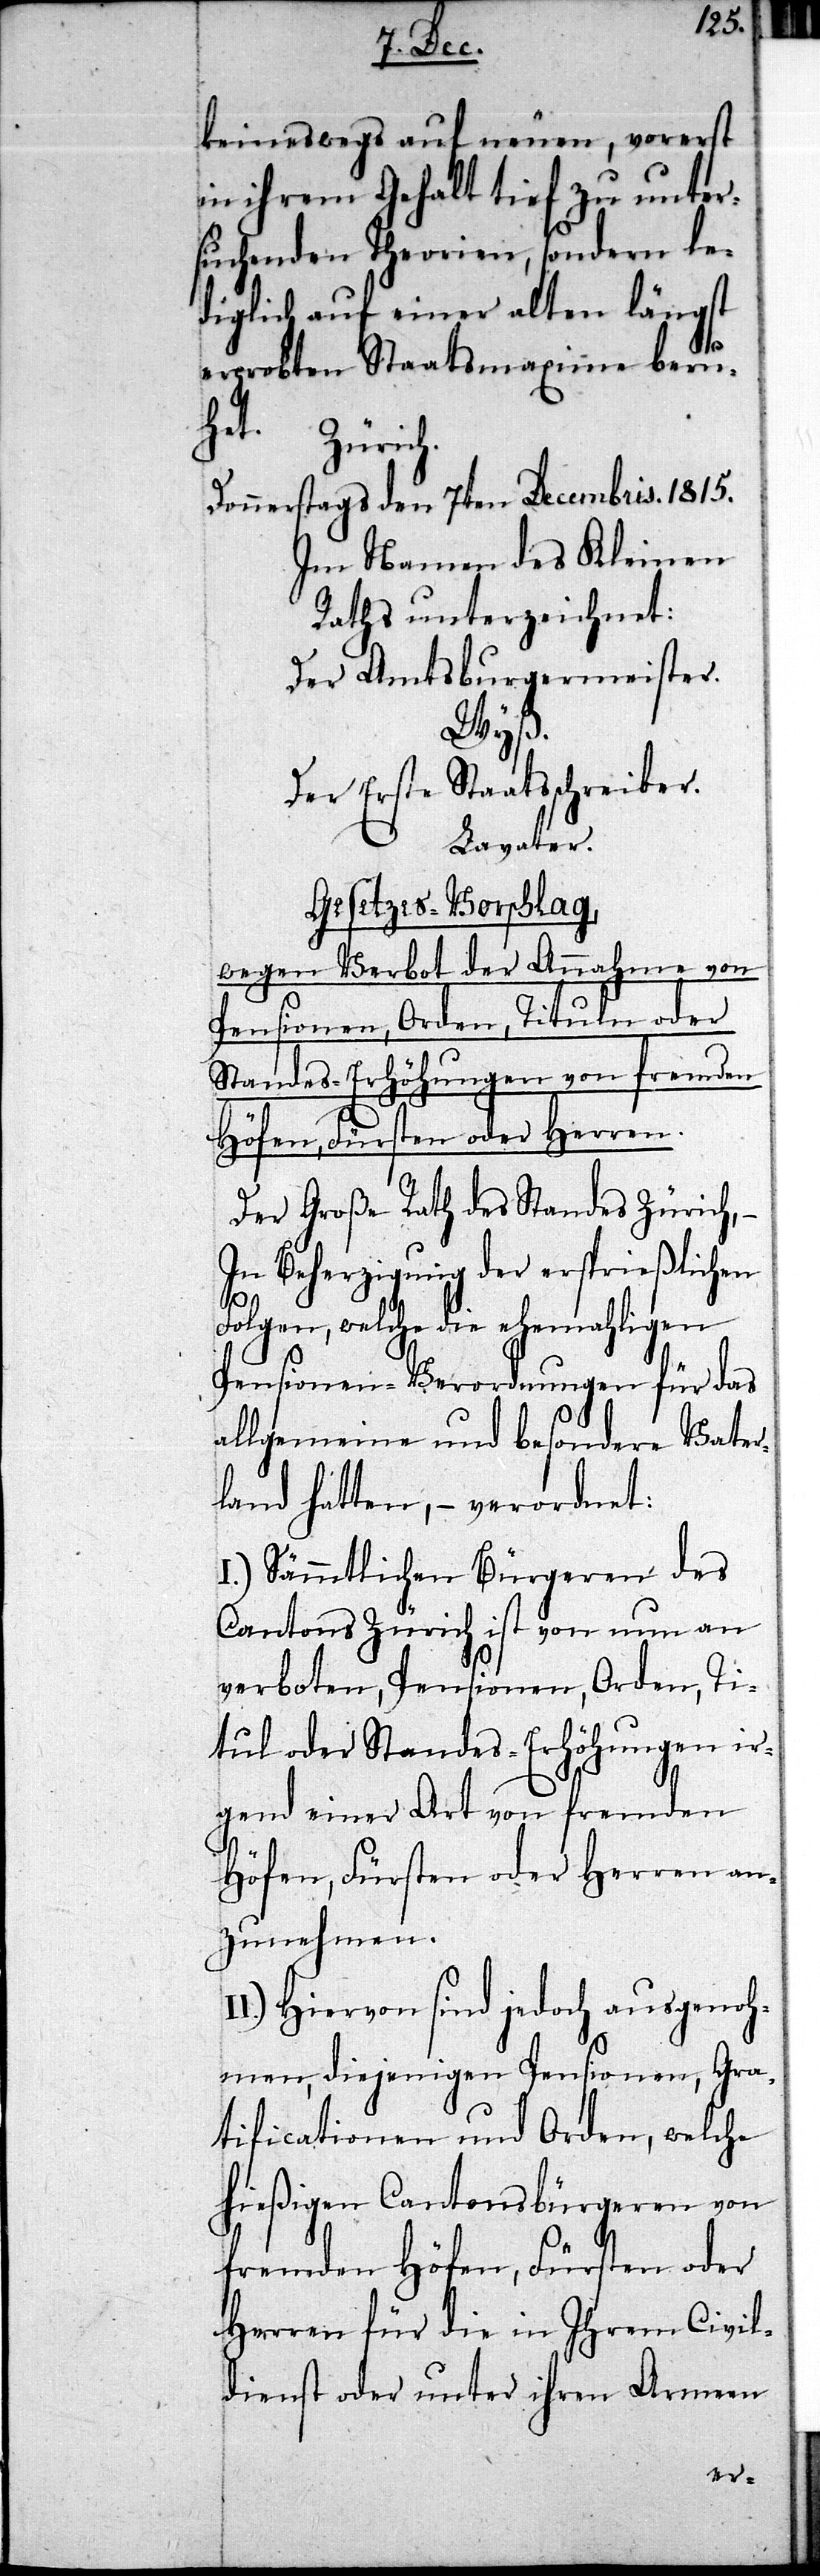
keineswegs auf neuen, vorerst
in ihrem Gehalt tief zu unter¬
suchenden Theorien, sondern le¬
diglich auf einer alten längst
erprobten Staatsmaxime beru¬
Donnerstags den 7ten Decembris. 1815.
Im Namen des Kleinen
Raths unterzeichnet:
Der Amtsburgermeister.
Wyß.
Der Erste Staatsschreiber.
Lavater.
Gesetzes-Vorschlag.
wegen Verbot der Annahme von
Pensionen, Orden, Tituln oder
Standeserhöhungen von fremden
Höfen, Fürsten oder Herren.
Der Große Rath des Standes Zürich,
In Beherzigung der ersprießlichen
Folgen, welche die ehemahligen
Pensionen-Verordnungen für das
allgemeine und besondere Vater¬
land hatten, – verordnet:
I.) Sämmtlichen Bürgeren des
Cantons Zürich ist von nun an
verboten, Pensionen, Orden, Ti¬
tul oder Standes-Erhöhungen ir¬
I¬
gend einer Art von fremden
Höfen, Fürsten oder Herren an¬
zunehmen.
I.) Hiervon sind jedoch ausgenoh¬
men, diejenigen Pensionen, Gra¬
tificationen und Orden, welche
hießigen Cantonsbürgeren von
fremden Höfen, Fürsten oder
Herren für die in Ihrem Civil¬
dienst oder unter ihren Armeen
het.